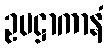
ဥပဋ္ဌာကာနံ